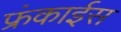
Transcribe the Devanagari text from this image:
फ्रंकाईस